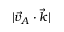
| \vec { v } _ { A } \cdot \vec { k } |